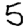
Digit: 5